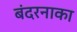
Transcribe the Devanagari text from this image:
बंदरनाका